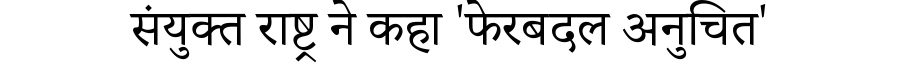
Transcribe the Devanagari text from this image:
संयुक्त राष्ट्र ने कहा 'फेरबदल अनुचित'